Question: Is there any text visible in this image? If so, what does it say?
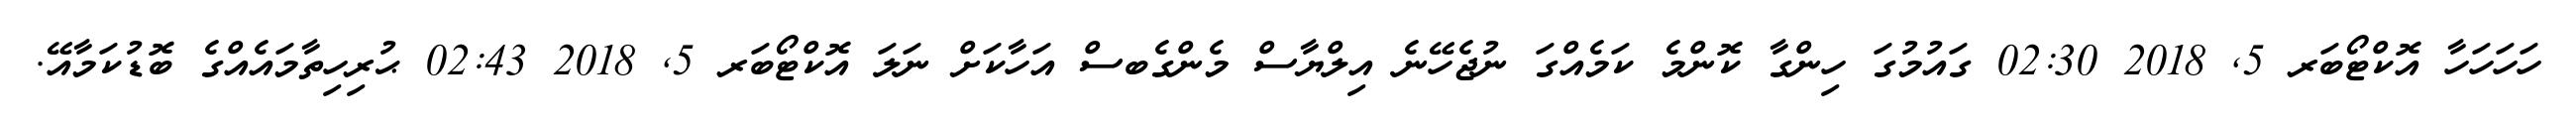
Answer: ހަހަހަހާ އޮކްޓޯބަރ 5, 2018 02:30 ގައުމުގަ ހިންގާ ކޮންމެ ކަމެއްގަ ނުޖެހޭނެ އިލްޔާސް މެންގެބސް އަހާކަށް ނަލަ އޮކްޓޯބަރ 5, 2018 02:43 ޙުރިހިތާމައެއްގެ ބޮޑުކަމާއޭ.